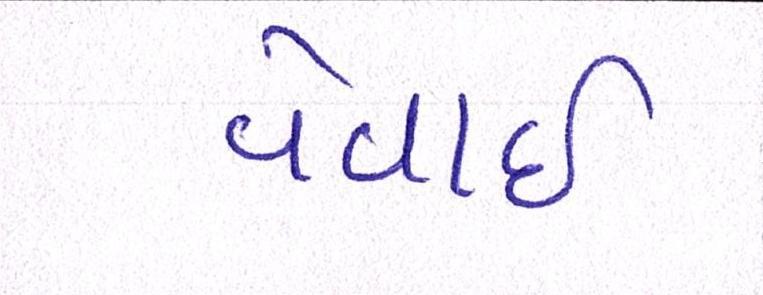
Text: વેવાઈ